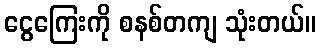
ငွေကြေးကို စနစ်တကျ သုံးတယ်။